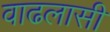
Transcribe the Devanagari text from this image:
वाढलासी